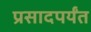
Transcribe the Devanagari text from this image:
प्रसादपर्यंत